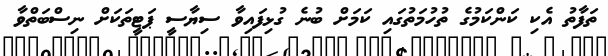
ތަފާތު އެކި ކަންކަމުގެ ތުހުމަތުގައި ކަމަށް ބުނެ ގުޅިފައިވާ ސިޔާސީ ޕަޓީތަކަށް ނިސްބަތްވާ